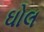
ઘોલ